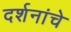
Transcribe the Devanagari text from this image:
दर्शनांचे